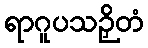
ရာဂူပသဉှိတံ